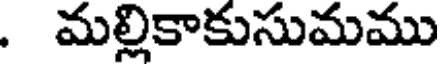
. మల్లికాకుసుమము